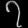
Digit: ၇